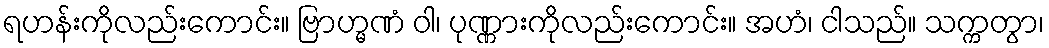
ရဟန်းကိုလည်းကောင်း။ ဗြာဟ္မဏံ ဝါ၊ ပုဏ္ဏားကိုလည်းကောင်း။ အဟံ၊ ငါသည်။ သက္ကတွာ၊